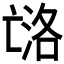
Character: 𰁟